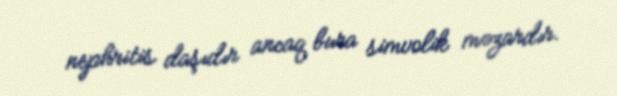
nephritis daşıdır ancaq bura simvolik məzardır.